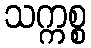
သက္ကစ္စ